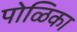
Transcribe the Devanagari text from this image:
पोळिका